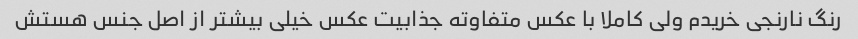
رنگ نارنجی خریدم ولی کاملا با عکس متفاوته جذابیت عکس خیلی بیشتر از اصل جنس هستش